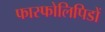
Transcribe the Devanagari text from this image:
फास्फोलिपिडों